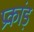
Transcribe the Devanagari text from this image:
प्रकांड़